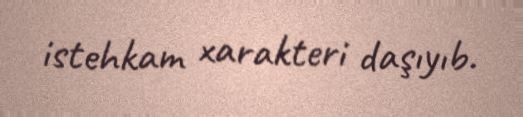
istehkam xarakteri daşıyıb.